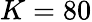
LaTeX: K=80